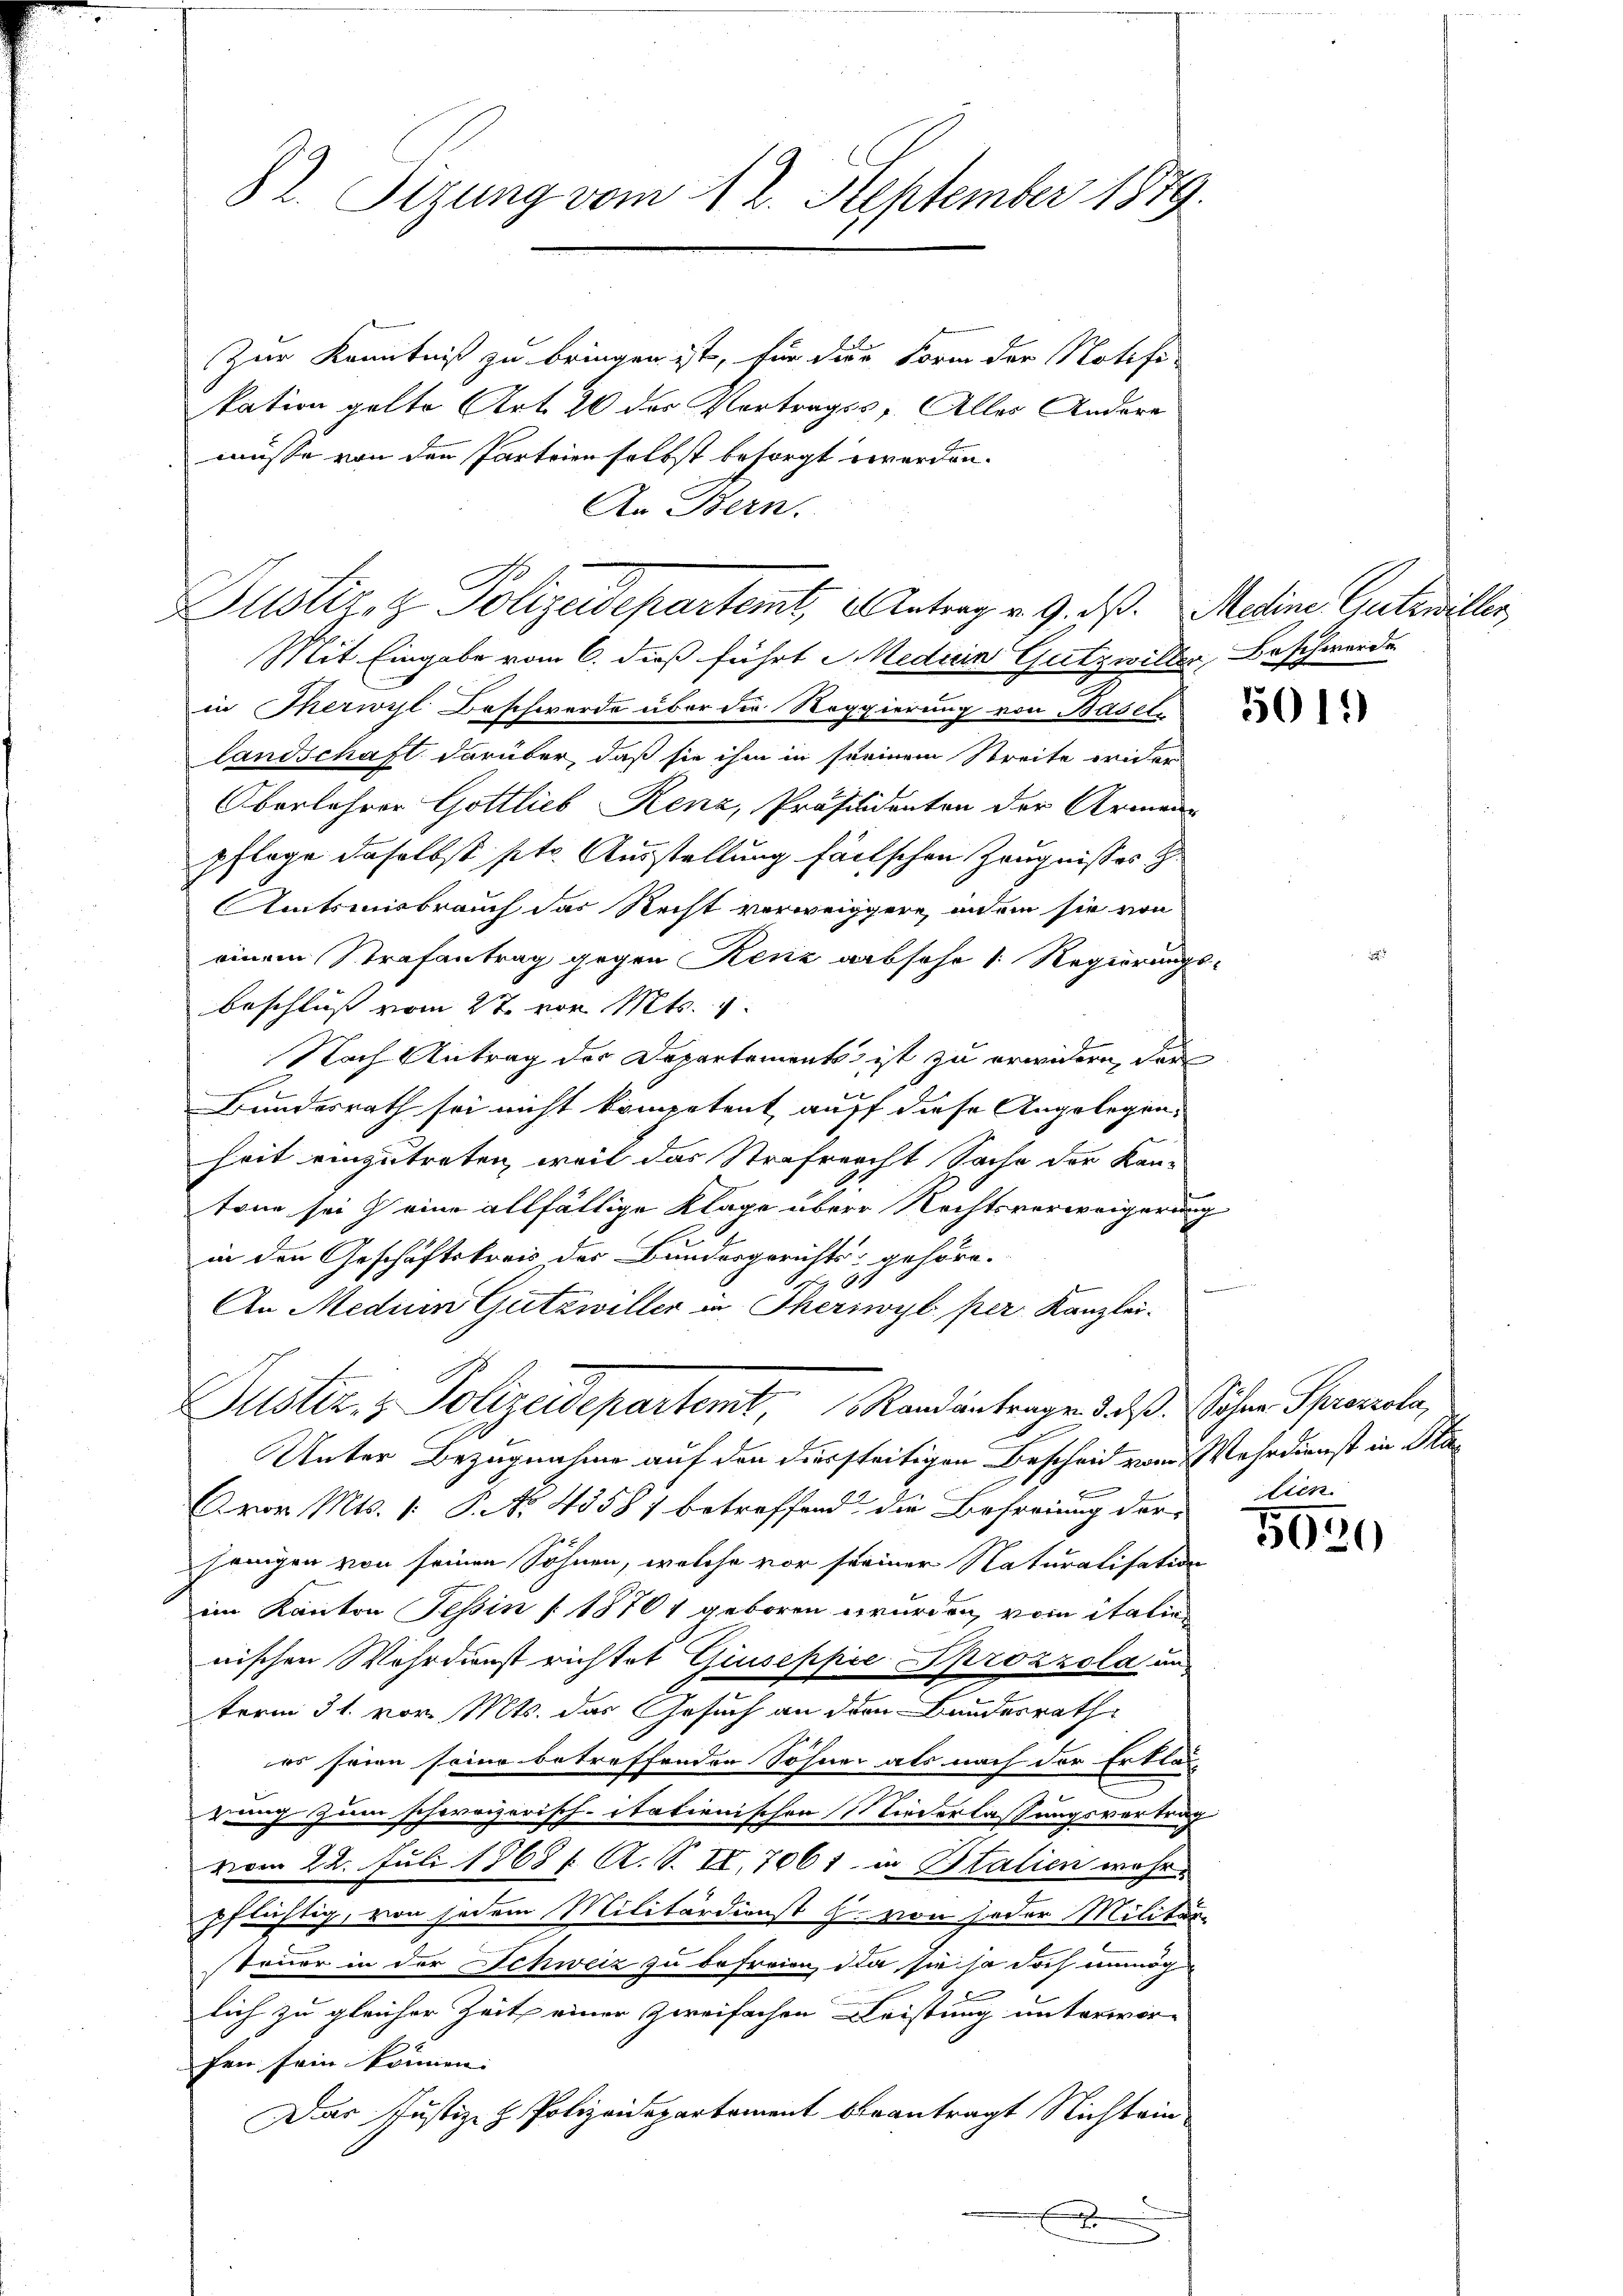
82. Sizung vom 12. September 1879.

Zur Kenntniß zu bringen ist, für die Form der Notifikation gelte Art. 20 des Vortragss; Alles Andere
müsse von den Parteien selbst besorgt werden.
An Bern.

Mit Eingabe vom 6. dieß führt Median Gutzwiller, Beschwerde
in Therwyl Beschwerde über die Reggierung von Basel.
landschaft darüber, daß sie ihm in steinem Streite wider
Oberlehrer Gottlieb Renz, Präsisidenten der Armen-
pflege daselbst ptr. Ausstellung faitschen Zeugnisses zu
Amtsmisbrauch das Recht verweiggere, indem sie von
einem Strafantrag gegen Kenz absehe 1 Regierungsbeschluss vom 2t. von Mts.
Nach Antrag der Departements ist zu erwidern, der
e
Bundesrath sei nicht kompetent auff diese Angelegenheit einzutreten, weil das Strafrecht Sache der Kan-
tone sei eine allfällige Klage über Rechtsverweigerung
in den Geschäftskoris der Bundesgerichts gehöre.
4
An Medium Gutswiller in Theriwyl per Kanzlei-
Unter Bezugnahme auf den diesseitigen Bescheid vom Wehrdienst in Har
Avor. Mts. 1. No. 4558) betreffend die Befreiung der-
jenigen von seinen Söhnen, welche vor seiner Naturalisation
im Kanton Tessin [18701 geboren wurden, vom italie
nischen Wehrdienst richtet Giuseppić Sprozzola un
term 31. vor. Mts. das Gesuch an den Bundesrath
es seien seine betreffenden Söhner als nach der Erklär-
zung zum schweizerisch-itationischen Niederlassungsvertrag
vom 22. Juli 1868 f. A. S. II. 7061 in Italien wahr
pflichtig, von jedem Militärdienst H. von jeder Militär-
steuer in der Schweiz zu befreien, da sie so doch unmög
lich zu gleicher Zeit einer Zweifachen Leistung unterwor-
fen sein können.
Das Justiz- & Polizeidepartement beantragt Nichtein
x

Justiz- & Polizeidepartemt, antrag v. 9. ds. Medine Gutwiller,

Puster. - Polizeidepartemt, Randantragen daß sichen Scheele,

lien

5020